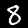
Digit: 8